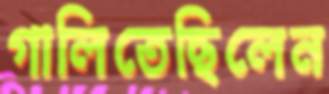
গালিতেছিলেন